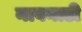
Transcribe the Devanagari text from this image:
नावनाडी